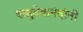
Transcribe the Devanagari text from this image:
वासुदेवानंदांनी